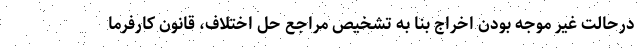
درحالت غیر موجه بودن اخراج بنا به تشخیص مراجع حل اختلاف، قانون کارفرما